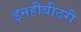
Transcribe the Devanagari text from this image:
इनहीबीटरी